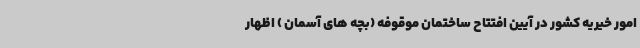
امور خیریه کشور در آیین افتتاح ساختمان موقوفه (بچه های آسمان ) اظهار